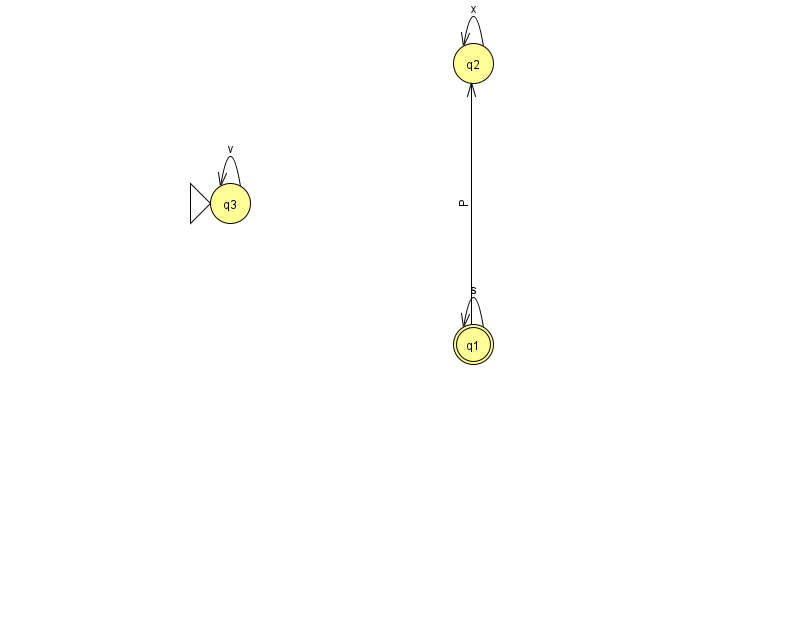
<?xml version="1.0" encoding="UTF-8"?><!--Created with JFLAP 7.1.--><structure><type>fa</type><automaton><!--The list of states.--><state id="1" name="q1"><x>473.0</x><y>331.0</y><final/></state><state id="2" name="q2"><x>473.0</x><y>50.0</y></state><state id="3" name="q3"><x>230.0</x><y>190.0</y><initial/></state><!--The list of transitions.--><transition><from>1</from><to>2</to><read>P</read></transition><transition><from>1</from><to>1</to><read>s</read></transition><transition><from>3</from><to>3</to><read>v</read></transition><transition><from>2</from><to>2</to><read>x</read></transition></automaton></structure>